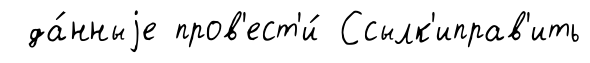
да́нныjе пров'ест'и́ Ссылк'иправ'ить